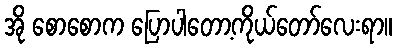
အို စောစောက ပြောပါတော့ကိုယ်တော်လေးရာ။